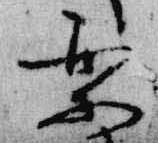
楽